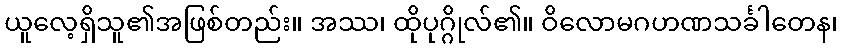
ယူလေ့ရှိသူ၏အဖြစ်တည်း။ အဿ၊ ထိုပုဂ္ဂိုလ်၏။ ဝိလောမဂဟဏသင်္ခါတေန၊